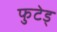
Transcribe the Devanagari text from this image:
फुटेड्